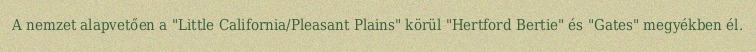
A nemzet alapvetően a "Little California/Pleasant Plains" körül "Hertford Bertie" és "Gates" megyékben él.